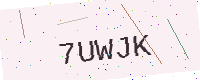
Text: 7UWJK